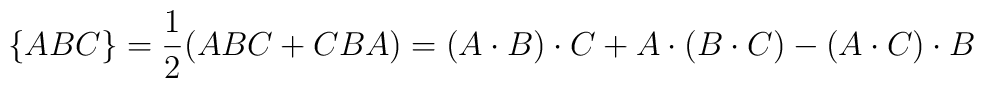
\{ABC\}=\frac{1}{2}(ABC+CBA)=(A\cdot B)\cdot C+A\cdot (B\cdot C)-(A\cdot C)\cdot B